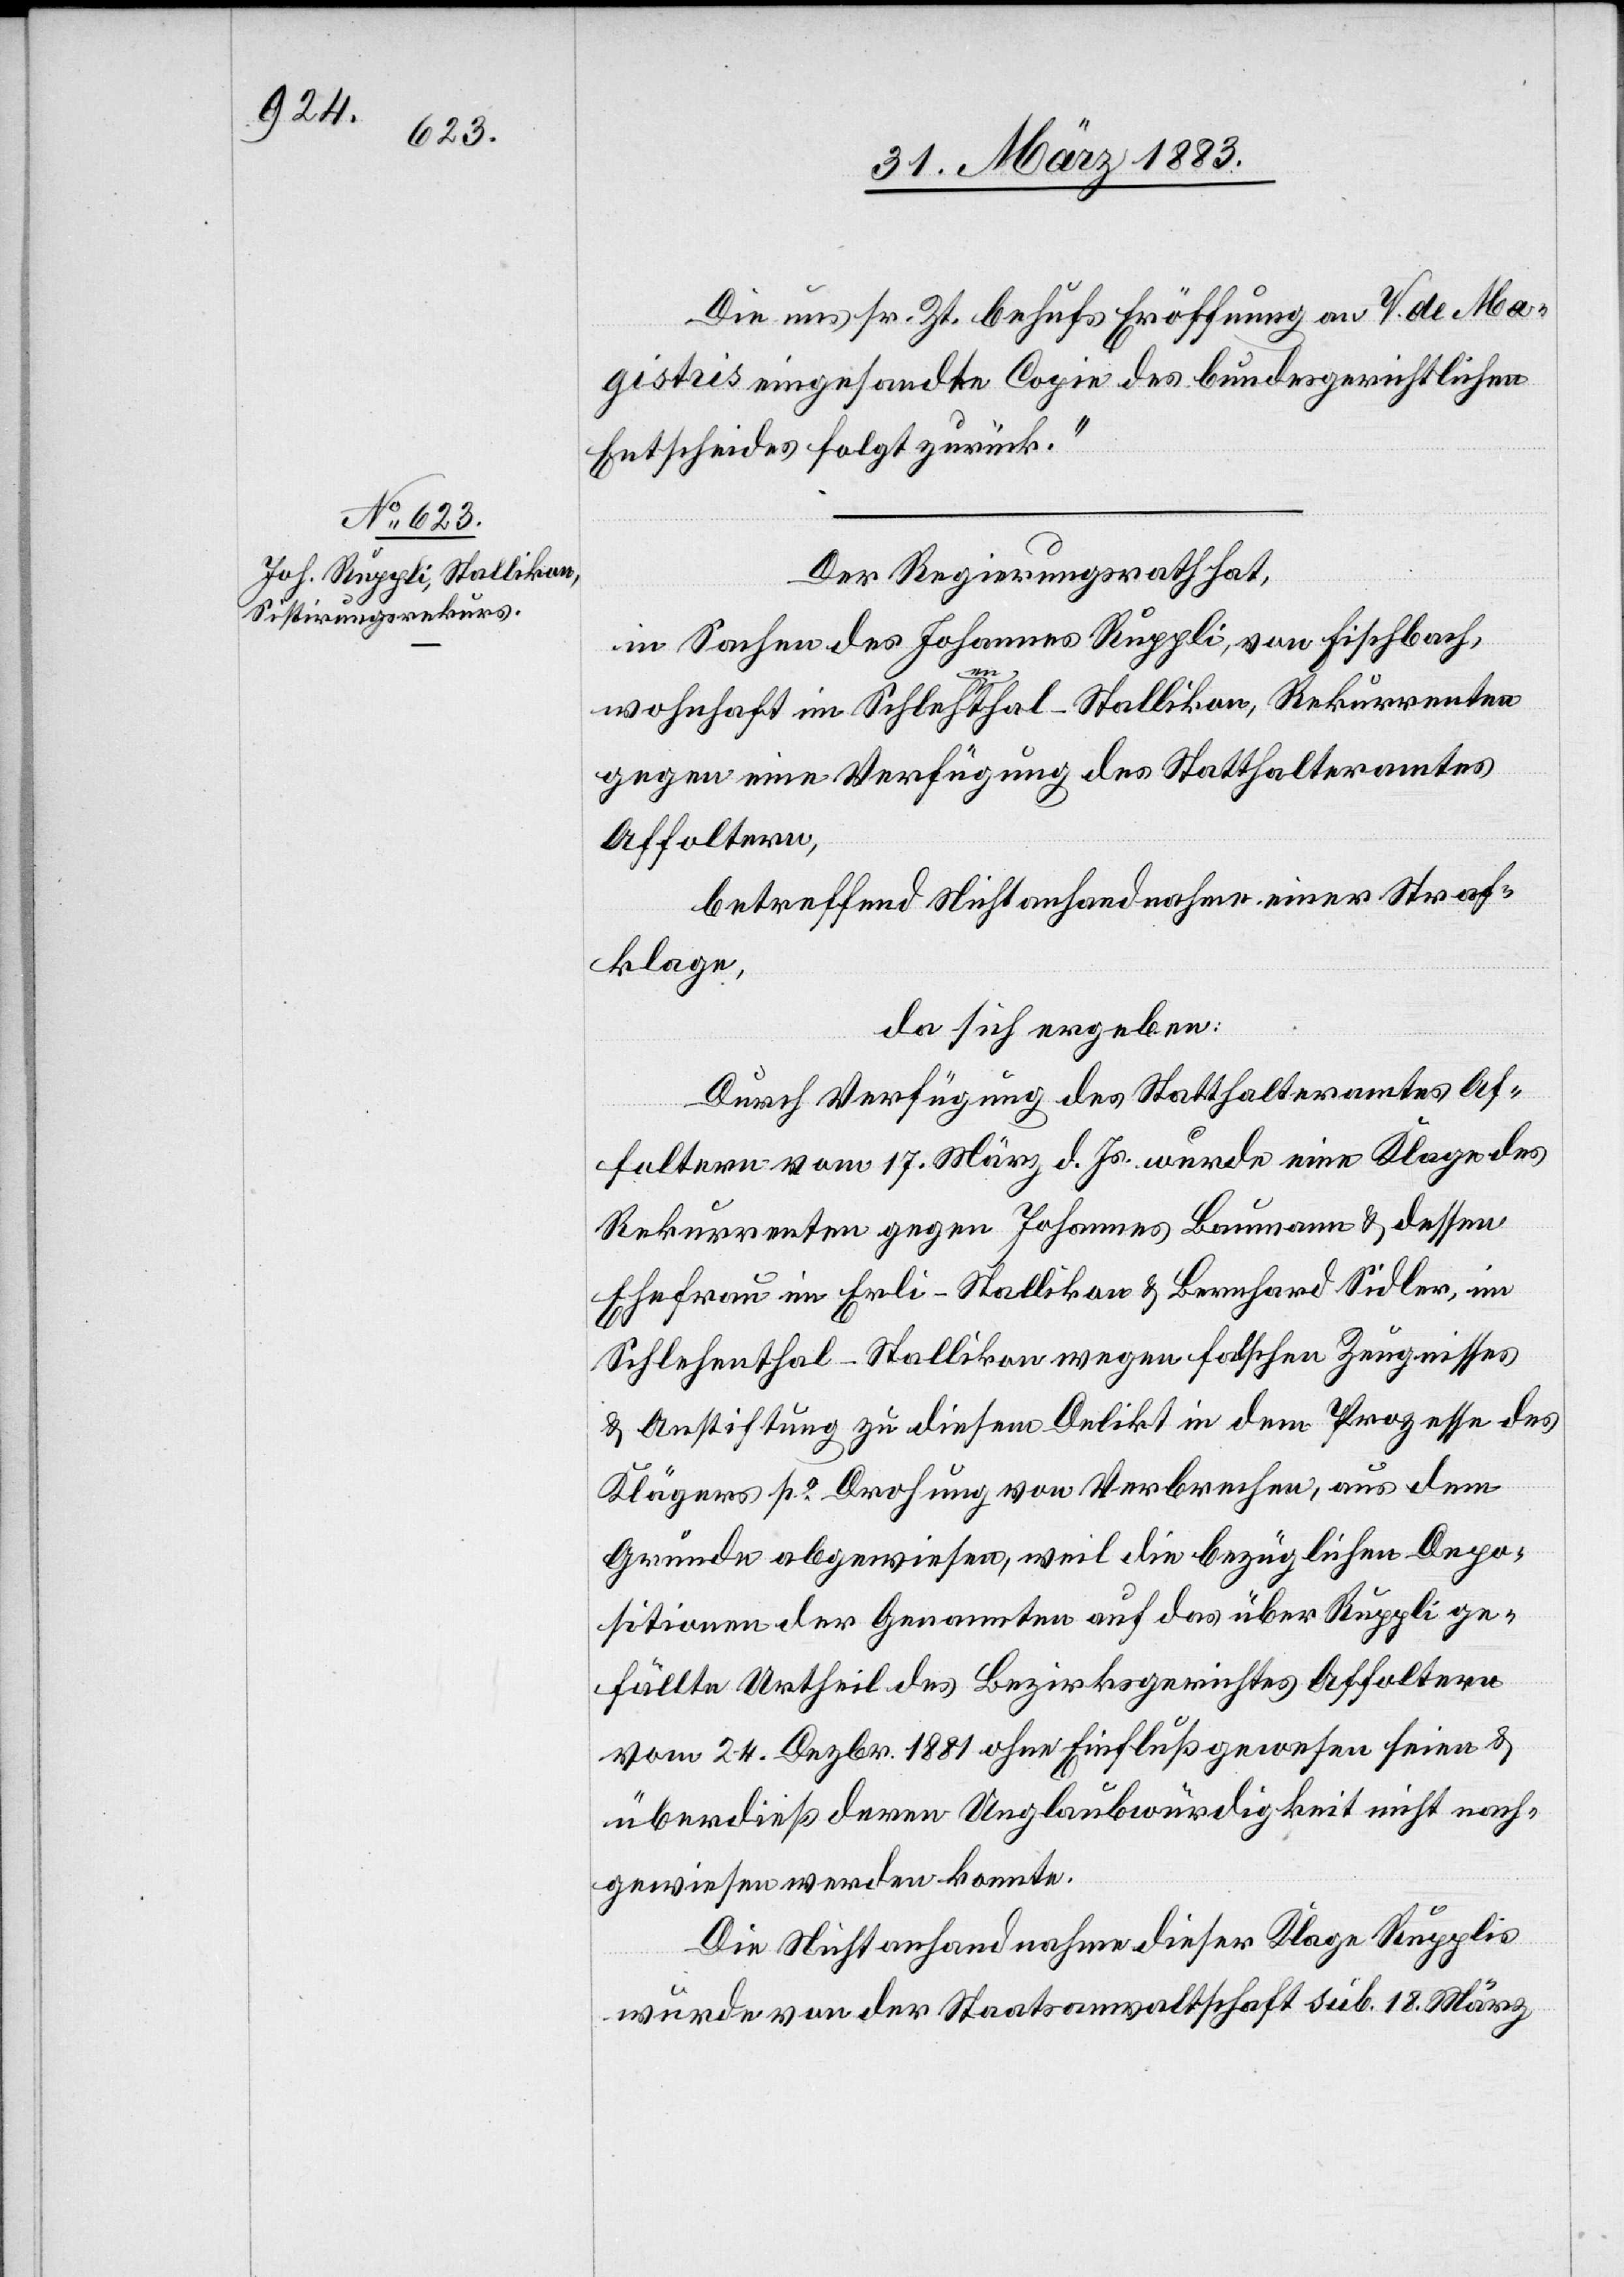
Die uns sr. Zt. behufs Eröffnung an V. de Ma¬
gistris eingesandte Copie des bundesgerichtlichen
Entscheides folgt zurück.“
Der Regierungsrath hat,
in Sachen des Johannes Ruppli, von Fischbach,
wohnhaft im Schleha-en-athal - Stallikon, Rekurrenten
gegen eine Verfügung des Statthalteramtes
Affoltern,
betreffend Nichtanhandnahme einer Straf¬
klage,
da sich ergeben:
Durch Verfügung des Statthalteramtes Af¬
foltern vom 17. März d. Js. wurde eine Klage des
Rekurrenten gegen Johannes Baumann, & dessen
Ehefrau im Erli - Stallikon & Bernhard Sidler im
Schlehenthal - Stallikon wegen falschen Zeugnisses
& Anstiftung zu diesem Delikt in dem Prozesse des
Klägers po Drohung von Verbrechen, aus dem
Grunde abgewiesen, weil die bezüglichen Depo¬
sitionen der Genannten auf das über Ruppli ge¬
fällte Urtheil des Bezirksgerichtes Affoltern
vom 24. Dezbr. 1881 ohne Einfluß gewesen seien &
überdieß deren Unglaubwürdigkeit nicht nach¬
gewiesen werden konnte.
Die Nichtanhandnahme dieser Klage Rupplis
wurde von der Staatsanwaltschaft sub. 18. März